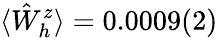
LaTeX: \langle\hat{W}_{h}^{z}\rangle=0.0009(2)